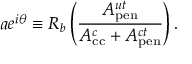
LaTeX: a e ^ { i \theta } \equiv R _ { b } \left( \frac { A _ { \mathrm { p e n } } ^ { u t } } { A _ { \mathrm { c c } } ^ { c } + A _ { \mathrm { p e n } } ^ { c t } } \right) .